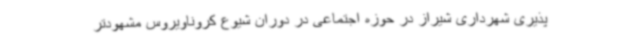
‌پذیری شهرداری شیراز در حوزه اجتماعی در دوران شیوع کروناویروس مشهودتر